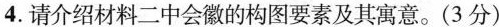
4.请介绍材料二中会徽的构图要素及其寓意。(3分)